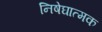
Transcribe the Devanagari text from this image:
निषेघात्मक